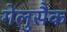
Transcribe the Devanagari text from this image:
गेलुसैक